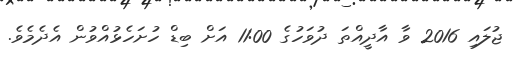
ޖުލައި 2016 ވާ އާދީއްތަ ދުވަހުގެ 11:00 އަށް ބިޑް ހުށަހެޅުއްވުން އެދެމެވެ.